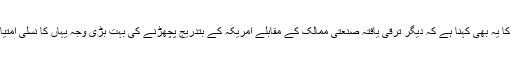
پورٹر کا یہ بھی کہنا ہے کہ دیگر ترقّی یافتہ صنعتی ممالک کے مقابلے امریکہ کے بتدریج پچھڑنے کی بہت بڑی وجہ یہاں کا نسلی امتیاز ہے۔